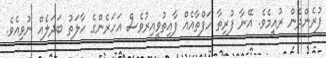
ފުރެންދެން ރުއީމެވެ. އޭނާ ފުރިތާ ހަފްތާއެއް ފާއިތުވީއިރުވެސް އަހަރެންގެ ހާލަތު ބަދަލެއް ނުވިއެވެ.